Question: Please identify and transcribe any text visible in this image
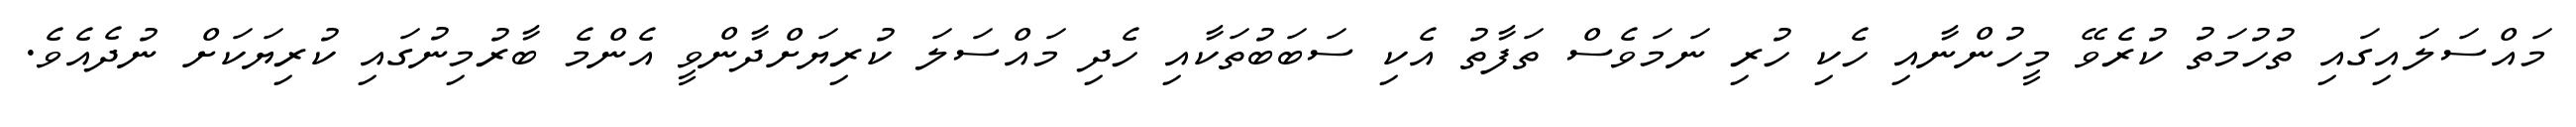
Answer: މައްސަލައިގައި ތުހުމަތު ކުރެވޭ މީހުންނާއި ހެކި ހުރި ނަމަވެސް ތަފާތު އެކި ސަބަބުތަކާއި ހެދި މައްސަލަ ކުރިޔަށްދާންވީ އެންމެ ބާރުމިނުގައި ކުރިޔަކަށް ނުދެއެވެ.